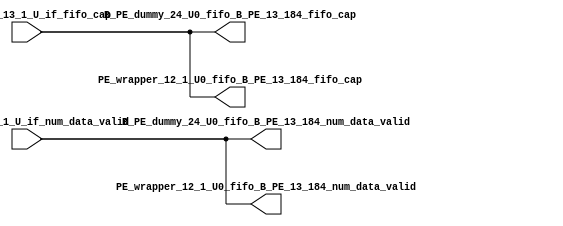
// ==================================================
// RTL generated by RapidStream
//
// Copyright 2024 RapidStream Design Automation, Inc.
// All Rights Reserved.
// ==================================================
`timescale 1 ns / 1 ps
module __rs_kernel3_aux_split_aux_46 #(
    parameter C_S_AXI_CONTROL_DATA_WIDTH  = 32,
    parameter C_S_AXI_CONTROL_ADDR_WIDTH  = 6,
    parameter C_S_AXI_DATA_WIDTH          = 32,
    parameter C_M_AXI_GMEM_A_ID_WIDTH     = 1,
    parameter C_M_AXI_GMEM_A_ADDR_WIDTH   = 64,
    parameter C_M_AXI_GMEM_A_DATA_WIDTH   = 512,
    parameter C_M_AXI_GMEM_A_AWUSER_WIDTH = 1,
    parameter C_M_AXI_GMEM_A_ARUSER_WIDTH = 1,
    parameter C_M_AXI_GMEM_A_WUSER_WIDTH  = 1,
    parameter C_M_AXI_GMEM_A_RUSER_WIDTH  = 1,
    parameter C_M_AXI_GMEM_A_BUSER_WIDTH  = 1,
    parameter C_M_AXI_GMEM_A_USER_VALUE   = 0,
    parameter C_M_AXI_GMEM_A_PROT_VALUE   = 0,
    parameter C_M_AXI_GMEM_A_CACHE_VALUE  = 3,
    parameter C_M_AXI_DATA_WIDTH          = 32,
    parameter C_M_AXI_GMEM_B_ID_WIDTH     = 1,
    parameter C_M_AXI_GMEM_B_ADDR_WIDTH   = 64,
    parameter C_M_AXI_GMEM_B_DATA_WIDTH   = 512,
    parameter C_M_AXI_GMEM_B_AWUSER_WIDTH = 1,
    parameter C_M_AXI_GMEM_B_ARUSER_WIDTH = 1,
    parameter C_M_AXI_GMEM_B_WUSER_WIDTH  = 1,
    parameter C_M_AXI_GMEM_B_RUSER_WIDTH  = 1,
    parameter C_M_AXI_GMEM_B_BUSER_WIDTH  = 1,
    parameter C_M_AXI_GMEM_B_USER_VALUE   = 0,
    parameter C_M_AXI_GMEM_B_PROT_VALUE   = 0,
    parameter C_M_AXI_GMEM_B_CACHE_VALUE  = 3,
    parameter C_M_AXI_GMEM_C_ID_WIDTH     = 1,
    parameter C_M_AXI_GMEM_C_ADDR_WIDTH   = 64,
    parameter C_M_AXI_GMEM_C_DATA_WIDTH   = 512,
    parameter C_M_AXI_GMEM_C_AWUSER_WIDTH = 1,
    parameter C_M_AXI_GMEM_C_ARUSER_WIDTH = 1,
    parameter C_M_AXI_GMEM_C_WUSER_WIDTH  = 1,
    parameter C_M_AXI_GMEM_C_RUSER_WIDTH  = 1,
    parameter C_M_AXI_GMEM_C_BUSER_WIDTH  = 1,
    parameter C_M_AXI_GMEM_C_USER_VALUE   = 0,
    parameter C_M_AXI_GMEM_C_PROT_VALUE   = 0,
    parameter C_M_AXI_GMEM_C_CACHE_VALUE  = 3,
    parameter C_S_AXI_CONTROL_WSTRB_WIDTH = 4,
    parameter C_S_AXI_WSTRB_WIDTH         = 4,
    parameter C_M_AXI_GMEM_A_WSTRB_WIDTH  = 64,
    parameter C_M_AXI_WSTRB_WIDTH         = 4,
    parameter C_M_AXI_GMEM_B_WSTRB_WIDTH  = 64,
    parameter C_M_AXI_GMEM_C_WSTRB_WIDTH  = 64
) (
    output wire [1:0] B_PE_dummy_24_U0_fifo_B_PE_13_184_fifo_cap,
    output wire [1:0] B_PE_dummy_24_U0_fifo_B_PE_13_184_num_data_valid,
    output wire [1:0] PE_wrapper_12_1_U0_fifo_B_PE_13_184_fifo_cap,
    output wire [1:0] PE_wrapper_12_1_U0_fifo_B_PE_13_184_num_data_valid,
    input wire  [1:0] fifo_B_PE_13_1_U_if_fifo_cap,
    input wire  [1:0] fifo_B_PE_13_1_U_if_num_data_valid
);
assign B_PE_dummy_24_U0_fifo_B_PE_13_184_fifo_cap = fifo_B_PE_13_1_U_if_fifo_cap;
assign B_PE_dummy_24_U0_fifo_B_PE_13_184_num_data_valid = fifo_B_PE_13_1_U_if_num_data_valid;
assign PE_wrapper_12_1_U0_fifo_B_PE_13_184_fifo_cap = fifo_B_PE_13_1_U_if_fifo_cap;
assign PE_wrapper_12_1_U0_fifo_B_PE_13_184_num_data_valid = fifo_B_PE_13_1_U_if_num_data_valid;
endmodule